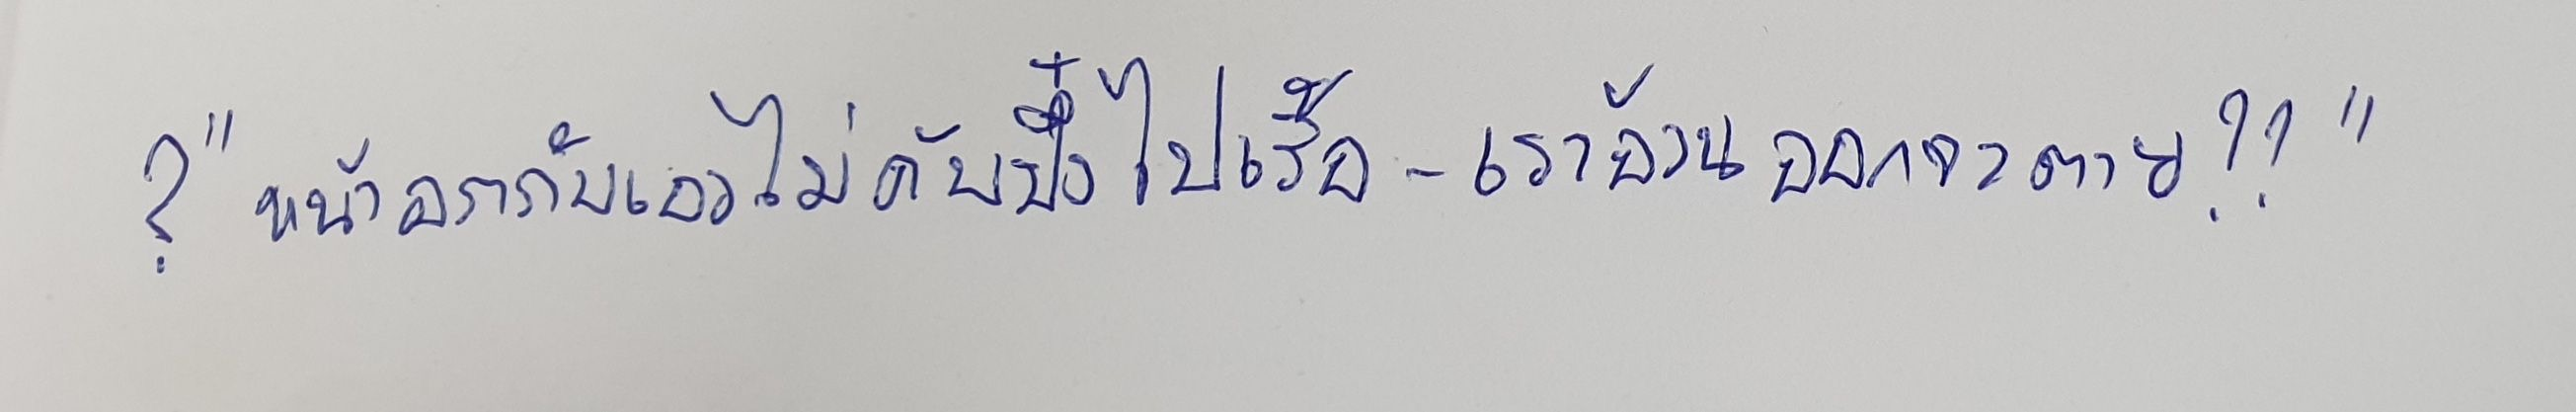
?"หน้าอกกับเอวไม่คับปึ๋งไปเร้อ-เราอ้วนออกจะตาย??"